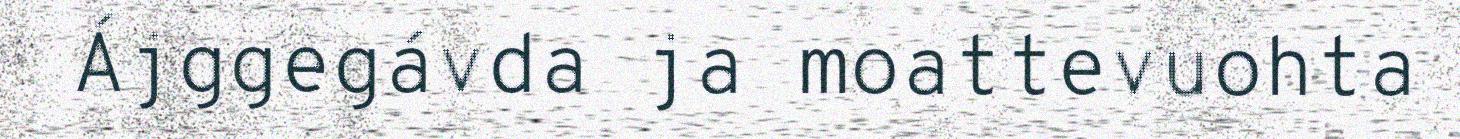
Ájggegávda ja moattevuohta